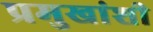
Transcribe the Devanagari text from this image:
प्रमुखांशी